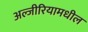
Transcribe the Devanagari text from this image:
अल्जीरियामधील